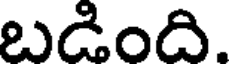
బడింది.